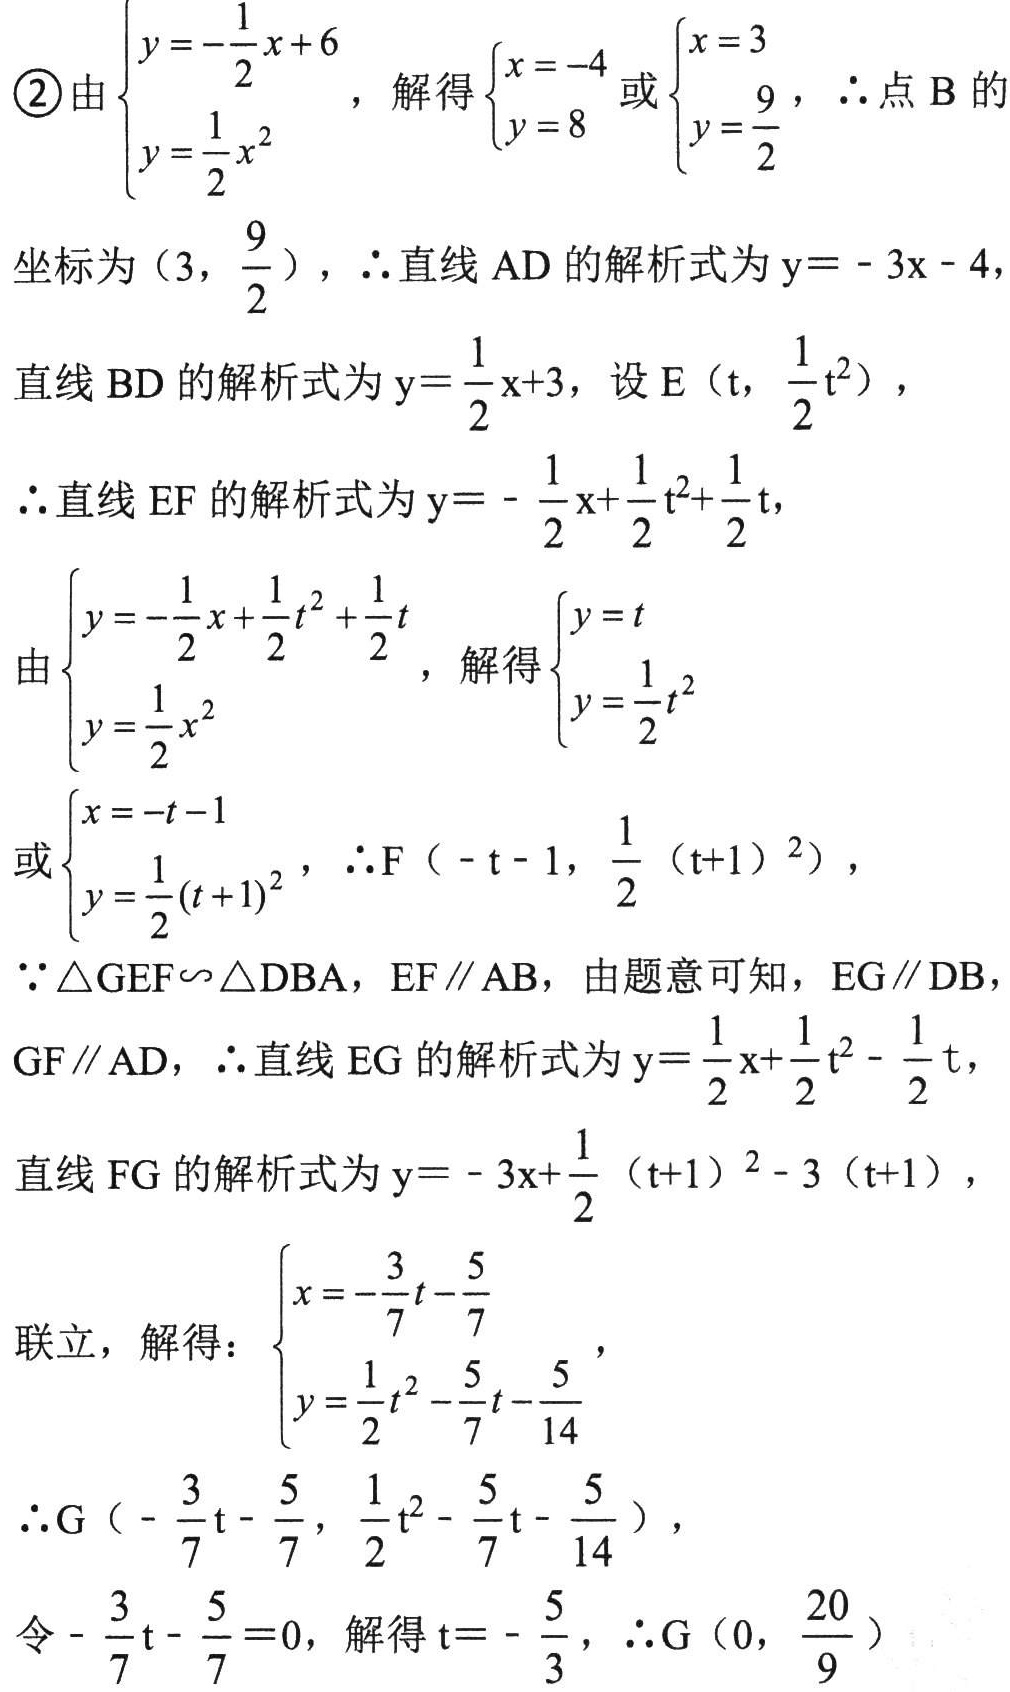
\textcircled{2}由\(\begin{cases}y = -\dfrac{1}{2}x + 6\\y=\dfrac{1}{2}x^{2}\end{cases}\)，解得\(\begin{cases}x = -4\\y = 8\end{cases}\)或\(\begin{cases}x = 3\\y=\dfrac{9}{2}\end{cases}\)，\(\therefore\)点\(B\)的
坐标为\((3,\dfrac{9}{2})\)，\(\therefore\)直线\(AD\)的解析式为\(y = - 3x - 4\)，
直线\(BD\)的解析式为\(y=\dfrac{1}{2}x + 3\)，设\(E(t,\dfrac{1}{2}t^{2})\)，
\(\therefore\)直线\(EF\)的解析式为\(y = -\dfrac{1}{2}x+\dfrac{1}{2}t^{2}+\dfrac{1}{2}t\)，
由\(\begin{cases}y = -\dfrac{1}{2}x+\dfrac{1}{2}t^{2}+\dfrac{1}{2}t\\y=\dfrac{1}{2}x^{2}\end{cases}\)，解得\(\begin{cases}y = t\\y=\dfrac{1}{2}t^{2}\end{cases}\)
或\(\begin{cases}x = -t - 1\\y=\dfrac{1}{2}(t + 1)^{2}\end{cases}\)，\(\therefore F(-t - 1,\dfrac{1}{2}(t + 1)^{2})\)，
\(\because\triangle GEF\backsim\triangle DBA\)，\(EF\parallel AB\)，由题意可知，\(EG\parallel DB\)，
\(GF\parallel AD\)，\(\therefore\)直线\(EG\)的解析式为\(y=\dfrac{1}{2}x+\dfrac{1}{2}t^{2}-\dfrac{1}{2}t\)，
直线\(FG\)的解析式为\(y = - 3x+\dfrac{1}{2}(t + 1)^{2}-3(t + 1)\)，
联立，解得：\(\begin{cases}x = -\dfrac{3}{7}t-\dfrac{5}{7}\\y=\dfrac{1}{2}t^{2}-\dfrac{5}{7}t-\dfrac{5}{14}\end{cases}\)，
\(\therefore G(-\dfrac{3}{7}t-\dfrac{5}{7},\dfrac{1}{2}t^{2}-\dfrac{5}{7}t-\dfrac{5}{14})\)，
令\(-\dfrac{3}{7}t-\dfrac{5}{7}=0\)，解得\(t = -\dfrac{5}{3}\)，\(\therefore G(0,\dfrac{20}{9})\)